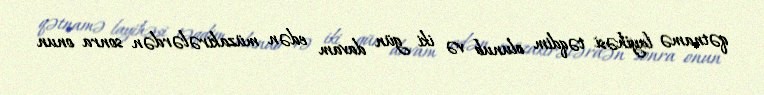
qətnamə layihəsi təqdim olunub və iki gün davam edən müzakirələrdən sonra onun